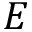
E